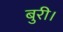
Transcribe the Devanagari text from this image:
बुरी।